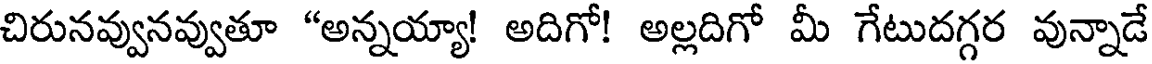
చిరునవ్వునవ్వుతూ "అన్నయ్యా! అదిగో! అల్లదిగో మీ గేటుదగ్గర వున్నాడే